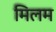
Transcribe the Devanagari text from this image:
मिलम